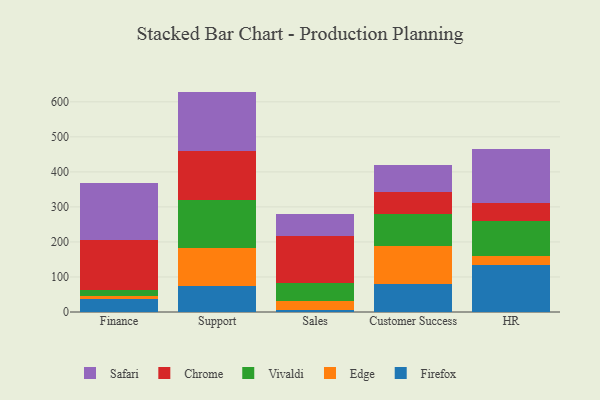
{"axis": {"x": "Department", "y": "Backlog"}, "legend": ["Chrome", "Edge", "Firefox", "Safari", "Vivaldi"], "data": [{"x": "Finance", "y": 37.5, "type": "Firefox"}, {"x": "Finance", "y": 8.6, "type": "Edge"}, {"x": "Finance", "y": 17.6, "type": "Vivaldi"}, {"x": "Finance", "y": 141.7, "type": "Chrome"}, {"x": "Finance", "y": 163.2, "type": "Safari"}, {"x": "Support", "y": 74.1, "type": "Firefox"}, {"x": "Support", "y": 107.3, "type": "Edge"}, {"x": "Support", "y": 138.6, "type": "Vivaldi"}, {"x": "Support", "y": 138.8, "type": "Chrome"}, {"x": "Support", "y": 170.4, "type": "Safari"}, {"x": "Sales", "y": 6.3, "type": "Firefox"}, {"x": "Sales", "y": 24.3, "type": "Edge"}, {"x": "Sales", "y": 50.9, "type": "Vivaldi"}, {"x": "Sales", "y": 135.4, "type": "Chrome"}, {"x": "Sales", "y": 63.9, "type": "Safari"}, {"x": "Customer Success", "y": 79.6, "type": "Firefox"}, {"x": "Customer Success", "y": 109.0, "type": "Edge"}, {"x": "Customer Success", "y": 92.6, "type": "Vivaldi"}, {"x": "Customer Success", "y": 62.2, "type": "Chrome"}, {"x": "Customer Success", "y": 76.5, "type": "Safari"}, {"x": "HR", "y": 133.9, "type": "Firefox"}, {"x": "HR", "y": 25.6, "type": "Edge"}, {"x": "HR", "y": 101.3, "type": "Vivaldi"}, {"x": "HR", "y": 49.0, "type": "Chrome"}, {"x": "HR", "y": 155.3, "type": "Safari"}]}